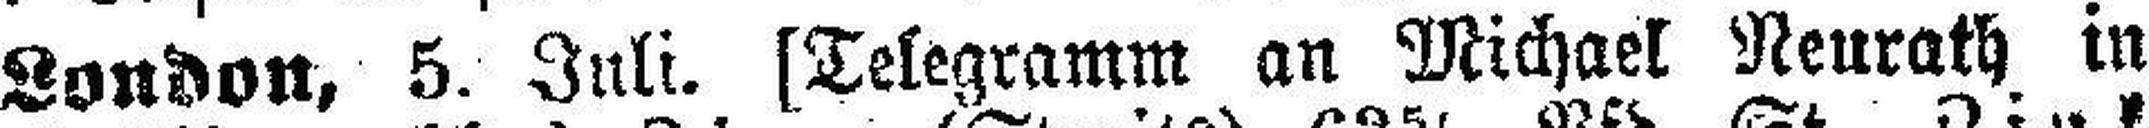
London, 5. Juli. [Telegramm an Michael Neurath in